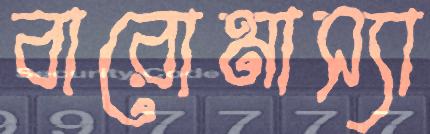
বারোমাস্যা